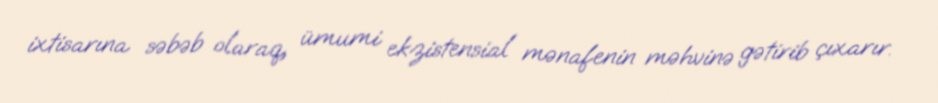
ixtisarına səbəb olaraq, ümumi ekzistensial mənafenin məhvinə gətirib çıxarır.